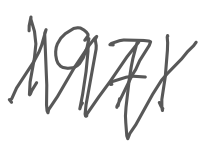
Text: 1971
Cross-out: zig-zag
Writing tool: digital_gray